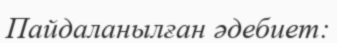
Пайдаланылған әдебиет: